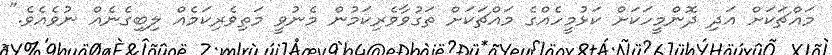
މައްޗަކަށް އަދި ދޮންމީހަކަށް ކަޅުމީހެއްގެ މައްޗަކަށް ތަގުވާވެރިކަމުން މެނުވީ މަތިވެރިކަމެއް ލިބިގެނެއް ނުވެއެވެ."